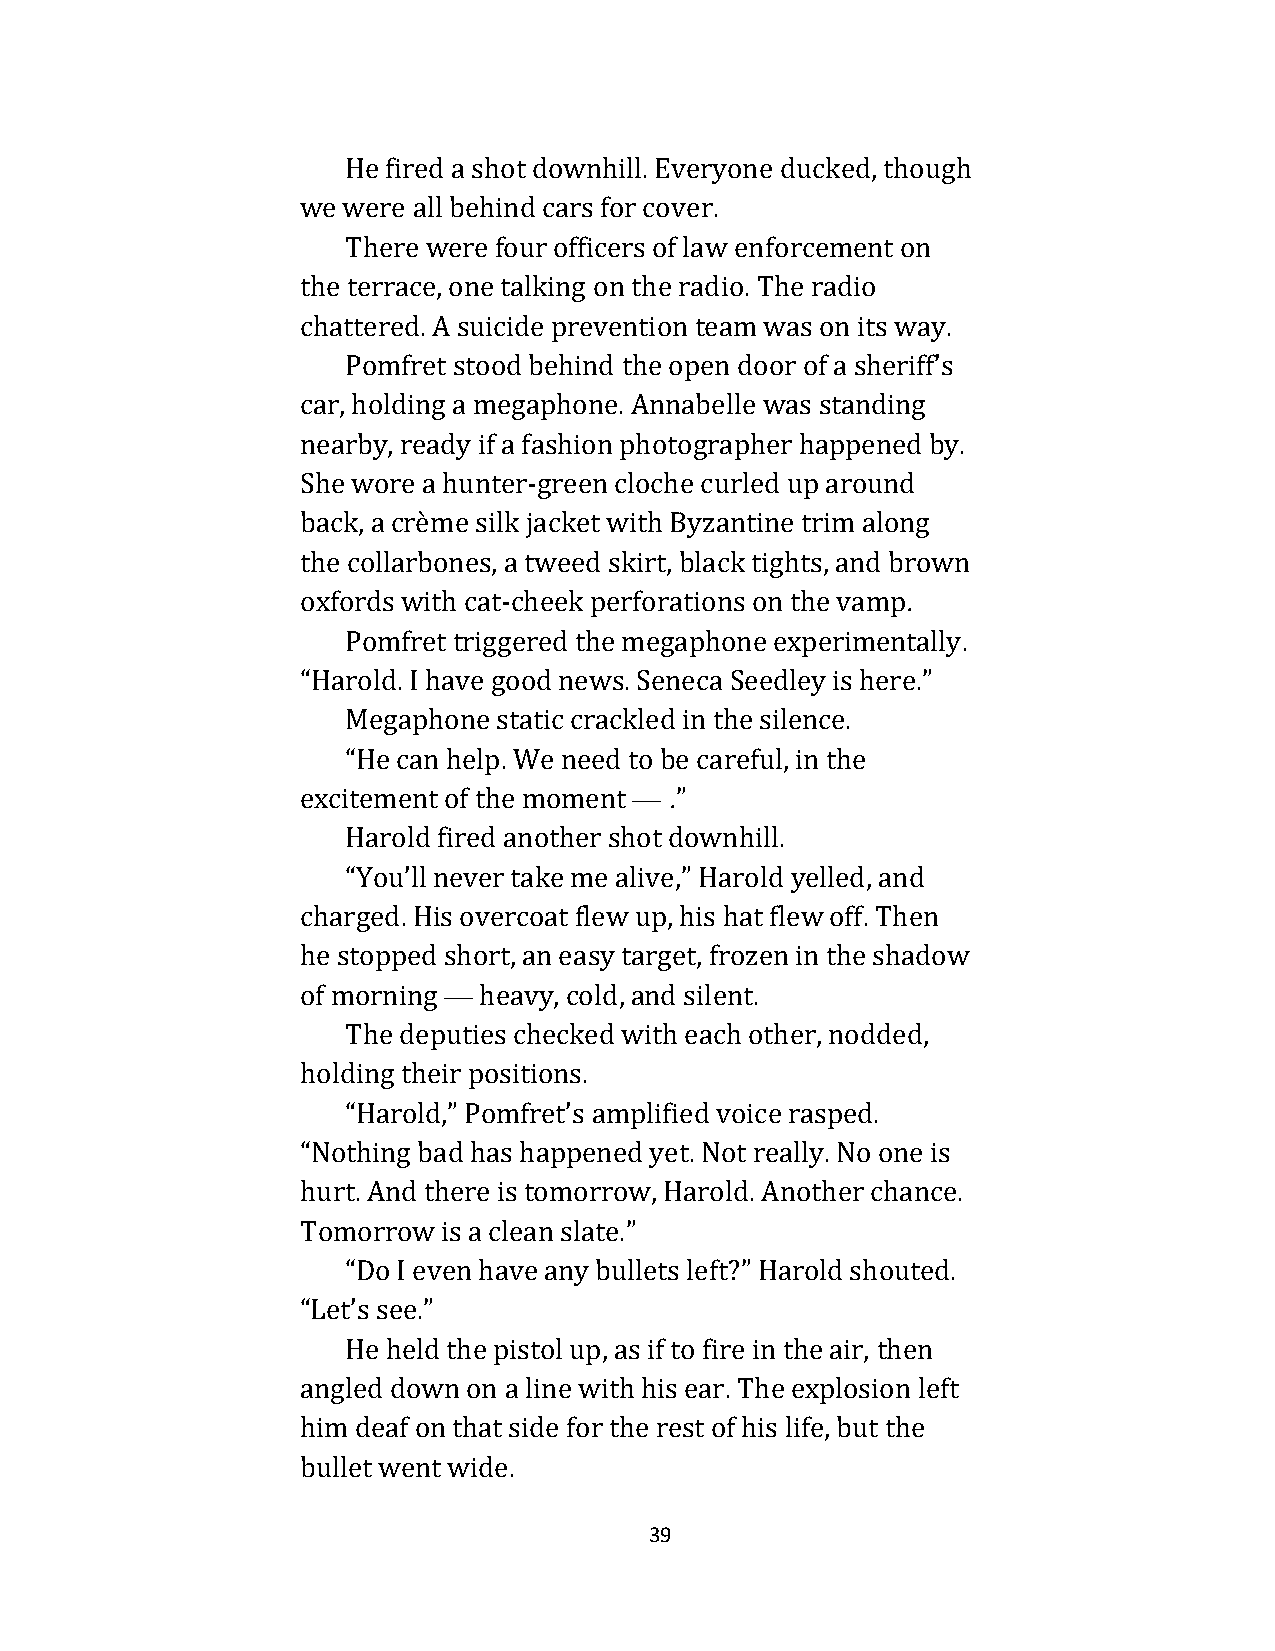
He fired a shot downhill. Everyone ducked, though
 we were all behind cars for cover.
 There were four officers of law enforcement on
 the terrace, one talking on the radio. The radio
 chattered. A suicide prevention team was on its way.
 Pomfret stood behind the open door of a sheriff’s
 car, holding a megaphone. Annabelle was standing
 nearby, ready if a fashion photographer happened by.
 She wore a hunter-green cloche curled up around
 back, a crème silk jacket with Byzantine trim along
 the collarbones, a tweed skirt, black tights, and brown
 oxfords with cat-cheek perforations on the vamp.
 Pomfret triggered the megaphone experimentally.
 “Harold. I have good news. Seneca Seedley is here.”
 Megaphone static crackled in the silence.
 “He can help. We need to be careful, in the
 excitement of the moment — .”
 Harold fired another shot downhill.
 “You’ll never take me alive,” Harold yelled, and
 charged. His overcoat flew up, his hat flew off. Then
 he stopped short, an easy target, frozen in the shadow
 of morning — heavy, cold, and silent.
 The deputies checked with each other, nodded,
 holding their positions.
 “Harold,” Pomfret’s amplified voice rasped.
 “Nothing bad has happened yet. Not really. No one is
 hurt. And there is tomorrow, Harold. Another chance.
 Tomorrow is a clean slate.”
 “Do I even have any bullets left?” Harold shouted.
 “Let’s see.”
 He held the pistol up, as if to fire in the air, then
 angled down on a line with his ear. The explosion left
 him deaf on that side for the rest of his life, but the
 bullet went wide.
 39